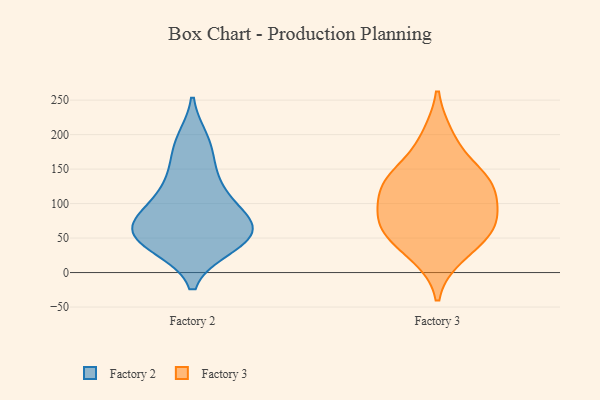
{"axis": {"x": "Market Share (%)", "y": "Value"}, "legend": ["Factory 2", "Factory 3"], "data": [{"x": "", "y": 122, "type": "Factory 2"}, {"x": "", "y": 63, "type": "Factory 2"}, {"x": "", "y": 191, "type": "Factory 2"}, {"x": "", "y": 38, "type": "Factory 2"}, {"x": "", "y": 61, "type": "Factory 2"}, {"x": "", "y": 150, "type": "Factory 2"}, {"x": "", "y": 70, "type": "Factory 2"}, {"x": "", "y": 44, "type": "Factory 2"}, {"x": "", "y": 81, "type": "Factory 2"}, {"x": "", "y": 91, "type": "Factory 2"}, {"x": "", "y": 40, "type": "Factory 2"}, {"x": "", "y": 184, "type": "Factory 2"}, {"x": "", "y": 50, "type": "Factory 2"}, {"x": "", "y": 70, "type": "Factory 2"}, {"x": "", "y": 119, "type": "Factory 2"}, {"x": "", "y": 26, "type": "Factory 3"}, {"x": "", "y": 132, "type": "Factory 3"}, {"x": "", "y": 113, "type": "Factory 3"}, {"x": "", "y": 196, "type": "Factory 3"}, {"x": "", "y": 131, "type": "Factory 3"}, {"x": "", "y": 81, "type": "Factory 3"}, {"x": "", "y": 65, "type": "Factory 3"}, {"x": "", "y": 52, "type": "Factory 3"}, {"x": "", "y": 141, "type": "Factory 3"}, {"x": "", "y": 74, "type": "Factory 3"}]}